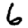
Digit: 6